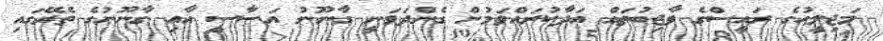
މަޖިލީހުގެ ރައީސްގެ ވާޖިބުތައް އަދާކުރައްވަމުން ގެންދަވަނީ ގާނޫނު އަސާސީ އާއި ގާނޫނުގެ ތެރޭގައި